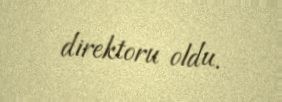
direktoru oldu.